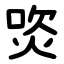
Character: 焁